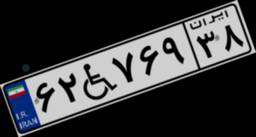
۶۲W۷۶۹۳۸